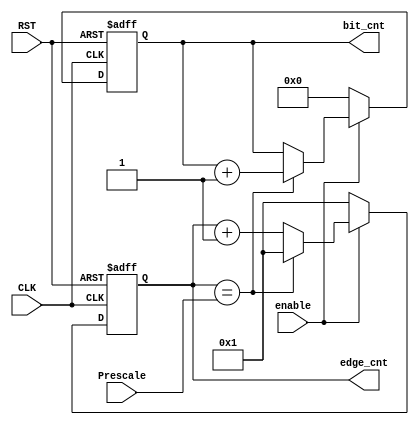

module edge_bit_counter (
	input		wire				CLK,
	input		wire				RST,
	input		wire				enable,
	input		wire	[5:0]		Prescale,
	output		reg		[5:0]		edge_cnt,
	output		reg		[3:0]		bit_cnt
	);


always @(posedge CLK or negedge RST) begin
	if (!RST) begin
		// reset
		edge_cnt 		<=		'b1;
		bit_cnt 		<=		'b0;
	end
	else if (enable) begin
		
		if(edge_cnt == Prescale ) begin
			bit_cnt 	<=	bit_cnt 	+	'b1;
			edge_cnt 	<=	'b1;	
		end
		else begin
			edge_cnt 	<=		edge_cnt 	+	'b1;
		end
	end
	else begin
		edge_cnt 		<=		'b1;
		bit_cnt 		<=		'b0;
	end
end



endmodule